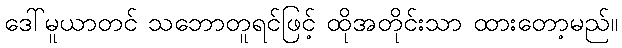
ဒေါ်မူယာတင် သဘောတူရင်ဖြင့် ထိုအတိုင်းသာ ထားတော့မည်။